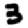
Digit: 3